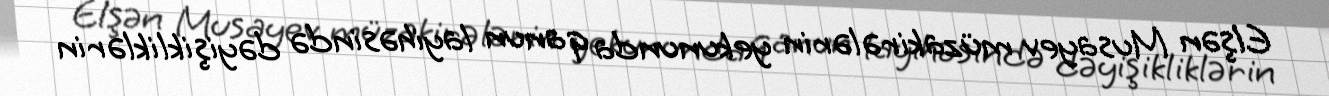
Elşən Musayev müzakirələrin yekununda qanun layihəsində dəyişikliklərin